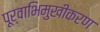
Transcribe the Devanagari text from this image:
पूर्वाभिमुखीकरण